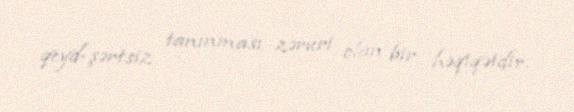
qeyd-şərtsiz tanınması zəruri olan bir həqiqətdir.